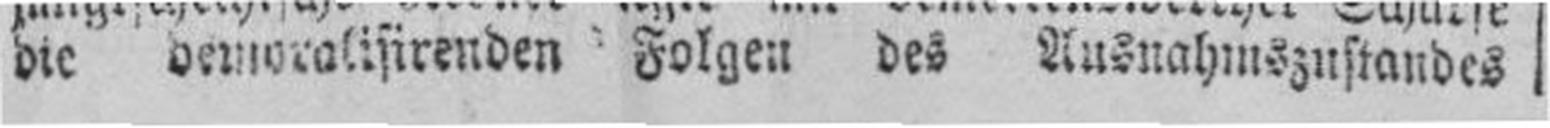
die, demyralisirenden Folgen des Ausnahmszustandes